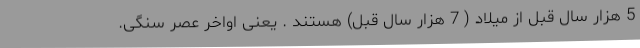
5 هزار سال قبل از میلاد ( 7 هزار سال قبل) هستند . یعنی اواخر عصر سنگی.